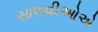
સાલવીઓએ